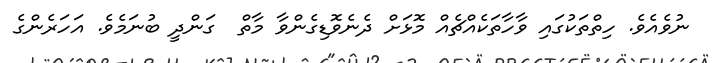
ނުވެއެވެ. ހިތްތަކުގައި ވާހާތަކެއްޗެއް މޮޅަށް ދެނެވޮޑިގެންވާ މާތް  ގަންދީ ބުނަމެވެ. އަހަރެންގެ